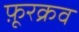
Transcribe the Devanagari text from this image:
फ़ूरक्रव